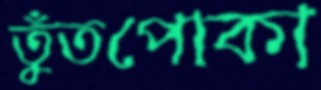
তুঁতপোকা